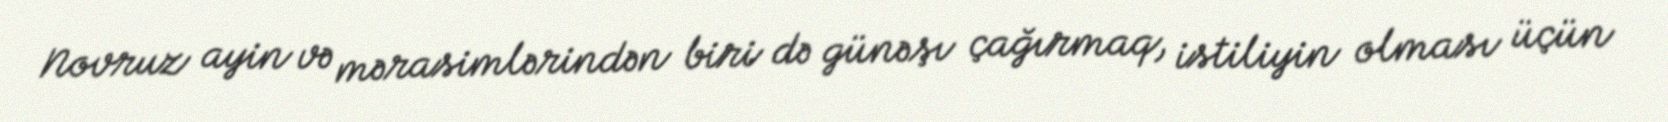
Novruz ayin və mərasimlərindən biri də günəşı çağırmaq, istiliyin olması üçün